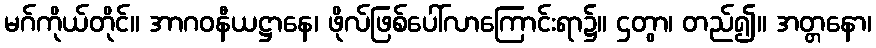
မဂ်ကိုယ်တိုင်။ အာဂဝနီယဋ္ဌာနေ၊ ဖိုလ်ဖြစ်ပေါ်လာကြောင်းရာ၌။ ဌတွာ၊ တည်၍။ အတ္တနော၊